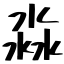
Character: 淼